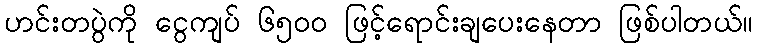
ဟင်းတပွဲကို ငွေကျပ် ၆၅၀၀ ဖြင့်ရောင်းချပေးနေတာ ဖြစ်ပါတယ်။